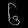
Digit: ၆